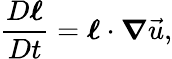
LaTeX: \frac{D\boldsymbol{\ell}}{Dt}=\boldsymbol{\ell}\cdot\boldsymbol{\nabla}\vec{u},